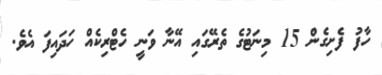
ހާފު ފެށިގެން 15 މިނަޓުގެ ތެރޭގައި އޭނާ ވަނީ ހެޓްރިކެއް ހަދައިފަ އެވެ.